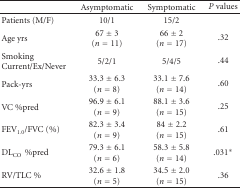
<table><thead><tr><td></td><td><b>Asymptomatic</b></td><td><b>Symptomatic</b></td><td><b><i>P</i> values</b></td></tr></thead><tbody><tr><td>Patients (M/F)</td><td>10/1</td><td>15/2</td><td></td></tr><tr><td>Age yrs</td><td>67 ± 3 (<i>n</i> = 11)</td><td>66 ± 2 (<i>n</i> = 17)</td><td>.32</td></tr><tr><td>Smoking Current/Ex/Never</td><td>5/2/1</td><td>5/4/5</td><td>.44</td></tr><tr><td>Pack-yrs</td><td>33.3 ± 6.3 (<i>n</i> = 8)</td><td>33.1 ± 7.6 (<i>n</i> = 14)</td><td>.60</td></tr><tr><td>VC %pred</td><td>96.9 ± 6.1 (<i>n</i> = 9)</td><td>88.1 ± 3.6 (<i>n</i> = 15)</td><td>.25</td></tr><tr><td>FEV<sub>1.0</sub>/FVC (%)</td><td>82.3 ± 3.4 (<i>n</i> = 9)</td><td>84 ± 2.2 (<i>n</i> = 15)</td><td>.61</td></tr><tr><td>DL<sub>CO</sub>%pred</td><td>79.3 ± 6.1 (<i>n</i> = 6)</td><td>58.3 ± 5.8 (<i>n</i> = 14)</td><td>.031*</td></tr><tr><td>RV/TLC %</td><td>32.6 ± 1.8 (<i>n</i> = 5)</td><td>34.5 ± 2.0 (<i>n</i> = 15)</td><td>.36</td></tr></tbody></table>